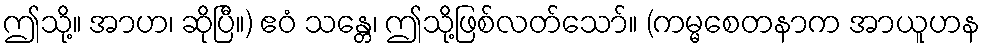
ဤသို့။ အာဟ၊ ဆိုပြီ။) ဧဝံ သန္တေ၊ ဤသို့ဖြစ်လတ်သော်။ (ကမ္မစေတနာက အာယူဟန